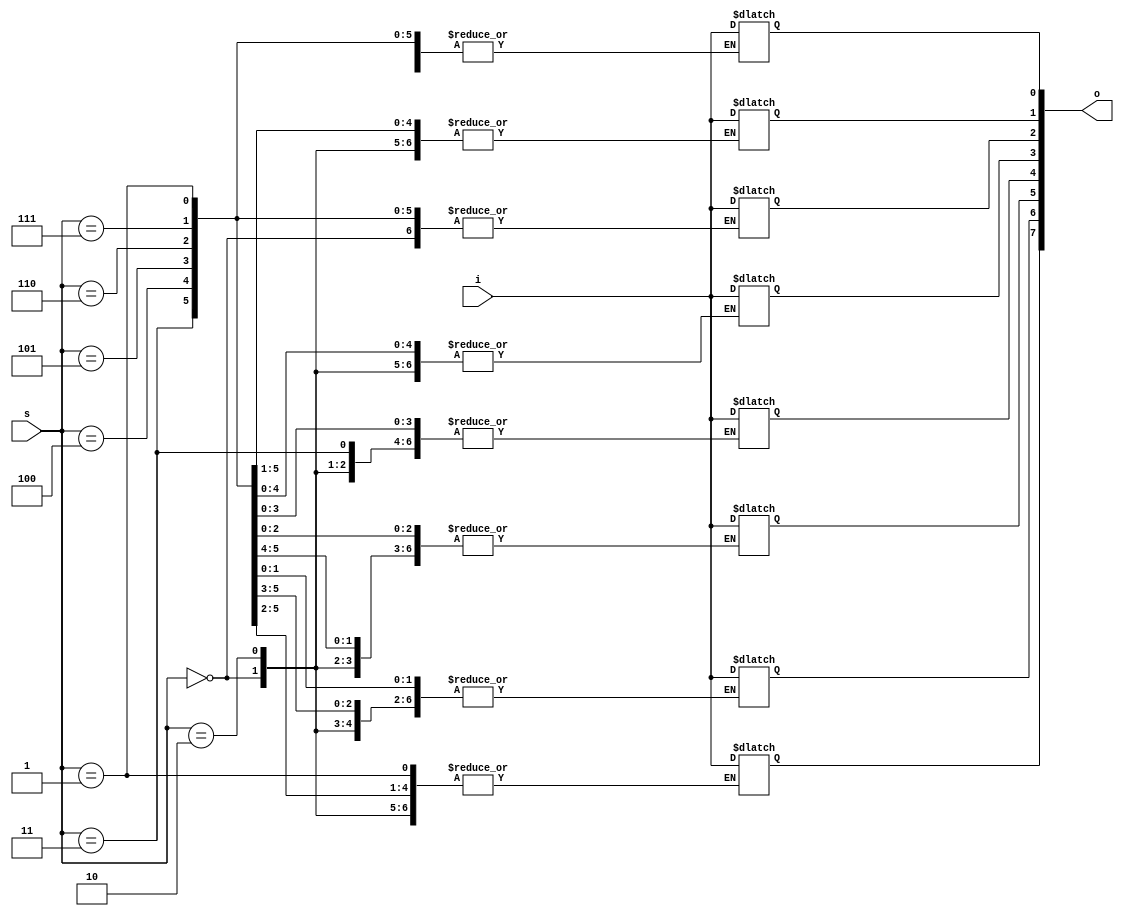
module dmux(i,s,o);
input i;
output reg [7:0]o;
input [2:0]s;
always@(*)
begin
case(s)
3'b000 : o[0] = i;
3'b001 : o[1] = i;
3'b010 : o[2] = i;
3'b011 : o[3] = i;
3'b100 : o[4] = i;
3'b101 : o[5] = i;
3'b110 : o[6] = i;
3'b111 : o[7] = i;
endcase
end
endmodule